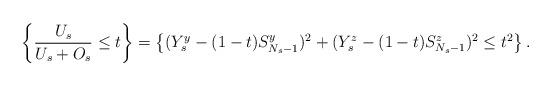
LaTeX: \begin{align*}\left\{\frac{U_s}{U_s+O_s}\leq t\right\}&=\left\{(Y^y_s-(1-t)S^y_{N_s-1})^2+(Y^z_s-(1-t)S^z_{N_s-1})^2\leq t^2\right\}.\end{align*}